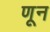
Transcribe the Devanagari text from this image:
णून